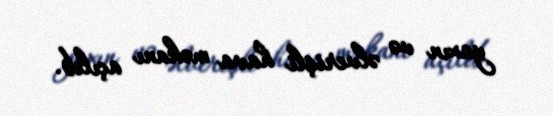
yaxın və əlverişli hava məkanı açılıb.